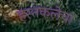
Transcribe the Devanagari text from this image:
हस्तकलेचा